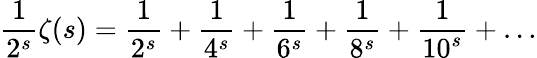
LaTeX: {\frac{1}{2^{s}}}\zeta(s)={\frac{1}{2^{s}}}+{\frac{1}{4^{s}}}+{\frac{1}{6^{s}}}+{\frac{1}{8^{s}}}+{\frac{1}{10^{s}}}+\ldots